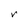
Character: r